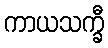
ကာယသက္ခီ